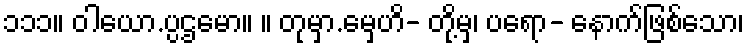
၁၁၁။ ဝါယော.ပ္ပဌမော။ ။ တုမှာ.မှေဟိ- တို့မှ၊ ပရော- နောက်ဖြစ်သော၊